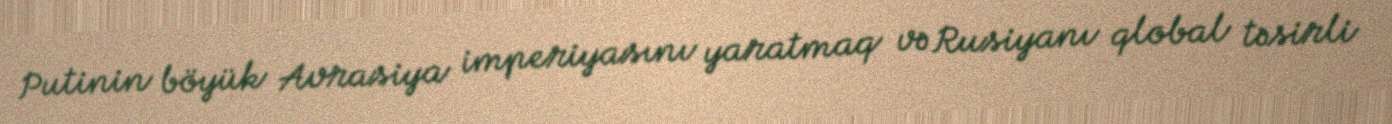
Putinin böyük Avrasiya imperiyasını yaratmaq və Rusiyanı qlobal təsirli